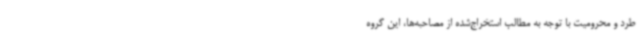
طرد و محرومیت با توجه به مطالب استخراج‌شده از مصاحبه‌ها، این گروه